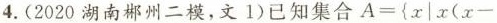
4.(2020湖南郴州二模，文1)已知集合$$A=\left\{x|x(x-$$